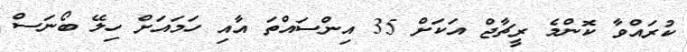
ކުރައްވާ ކޮންމެ ރީޗާޖް އަކަށް 35 އިންސައްތަ އާއި ހަމައަށް ހިލޭ ބޯނަސް